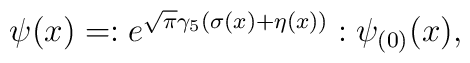
\psi(x) = :e^{\sqrt\pi\gamma_5(\sigma(x) + \eta(x))}:\psi_{(0)}(x),